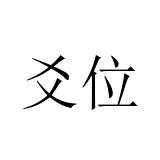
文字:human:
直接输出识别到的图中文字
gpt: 爻位